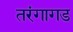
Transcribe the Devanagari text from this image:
तरंगागड